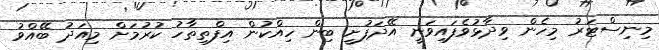
މިނިސްޓަރު މިހެން ވިދާޅުވެފައިވަނީ އޭދަފުށީ ބިން ހިއްކުން އިފްތިތާހު ކުރުމަށް މިއަދު ބޭއްވު